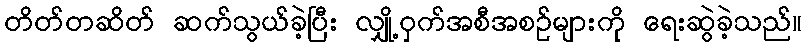
တိတ်တဆိတ် ဆက်သွယ်ခဲ့ပြီး လျှို့ဝှက်အစီအစဉ်များကို ရေးဆွဲခဲ့သည်။